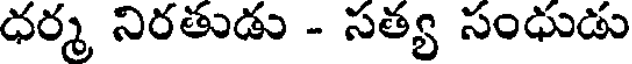
ధర్మ నిరతుడు - సత్య సంధుడు